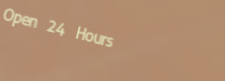
Open 24 Hours